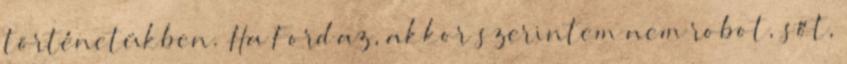
történetükben. Ha Ford az, akkor szerintem nem robot, sőt,